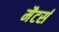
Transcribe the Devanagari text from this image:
मैटर्स